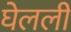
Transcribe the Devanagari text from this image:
घेलली